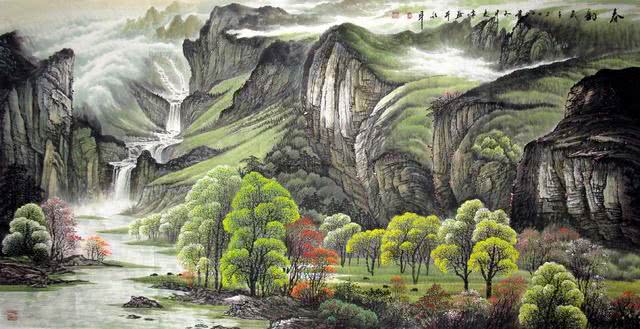
白云依静渚，春草闭闲门。